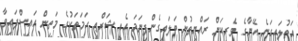
އަތުލައިގަނެ އޭނާގެ ވެރިކަން ރައްޔިތުން ބަލައިގެންފިނަމަ އެއީ ޝަރްޢީ ހަމަތަކުގެ މަތިން އައިސްފައިވާ